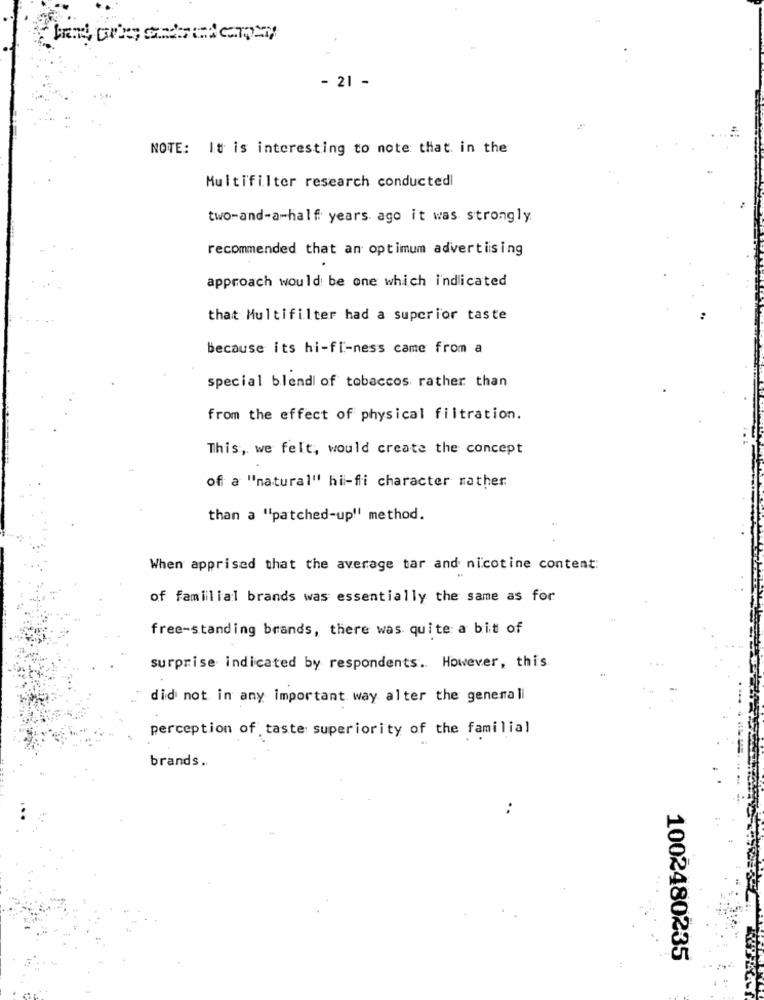
In DGEteeny
- 21 -
NOTE: It is interesting to note that in the
Multifilter research conductedl
two-and-a-half years ago it was strongly.
recommended that an optimum advertising
approach would be one which i'ndicated
that Multifilter had a superior taste
because its hi-fi-ness came from a
special blend of tobaccos rather than
from the effect of physical filtration.
This, we felt, would create the concept
of a "natural" hi-fi character rather
than a "patched-up" method.
When apprised that the average tar and nicotine content:
of familial brands was essentially the same as for
free-standing brands, there was quite a bit of
surprise indicated by respondents. However, this
did not in any important way alter the generali
perception of taste superiority of the familial
brands.
:
1002480235